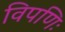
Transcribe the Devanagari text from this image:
विपणिः